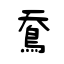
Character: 鴌